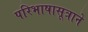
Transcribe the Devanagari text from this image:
परिभाषासूत्राने